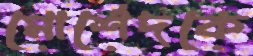
মোর্শেদকে